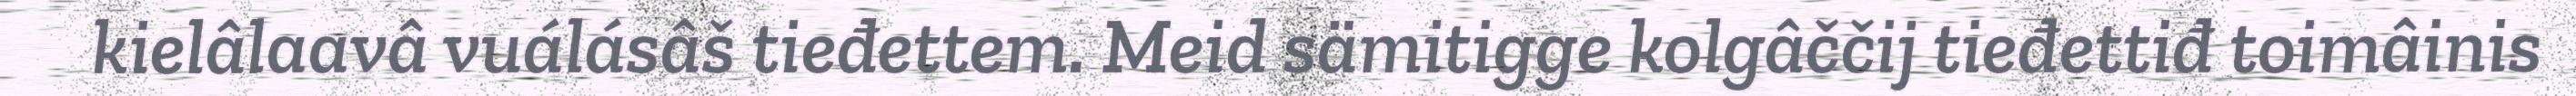
kielâlaavâ vuálásâš tieđettem. Meid sämitigge kolgâččij tieđettiđ toimâinis